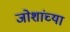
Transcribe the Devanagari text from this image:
जोशांच्या